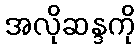
အလိုဆန္ဒကို